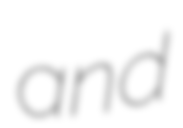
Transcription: and